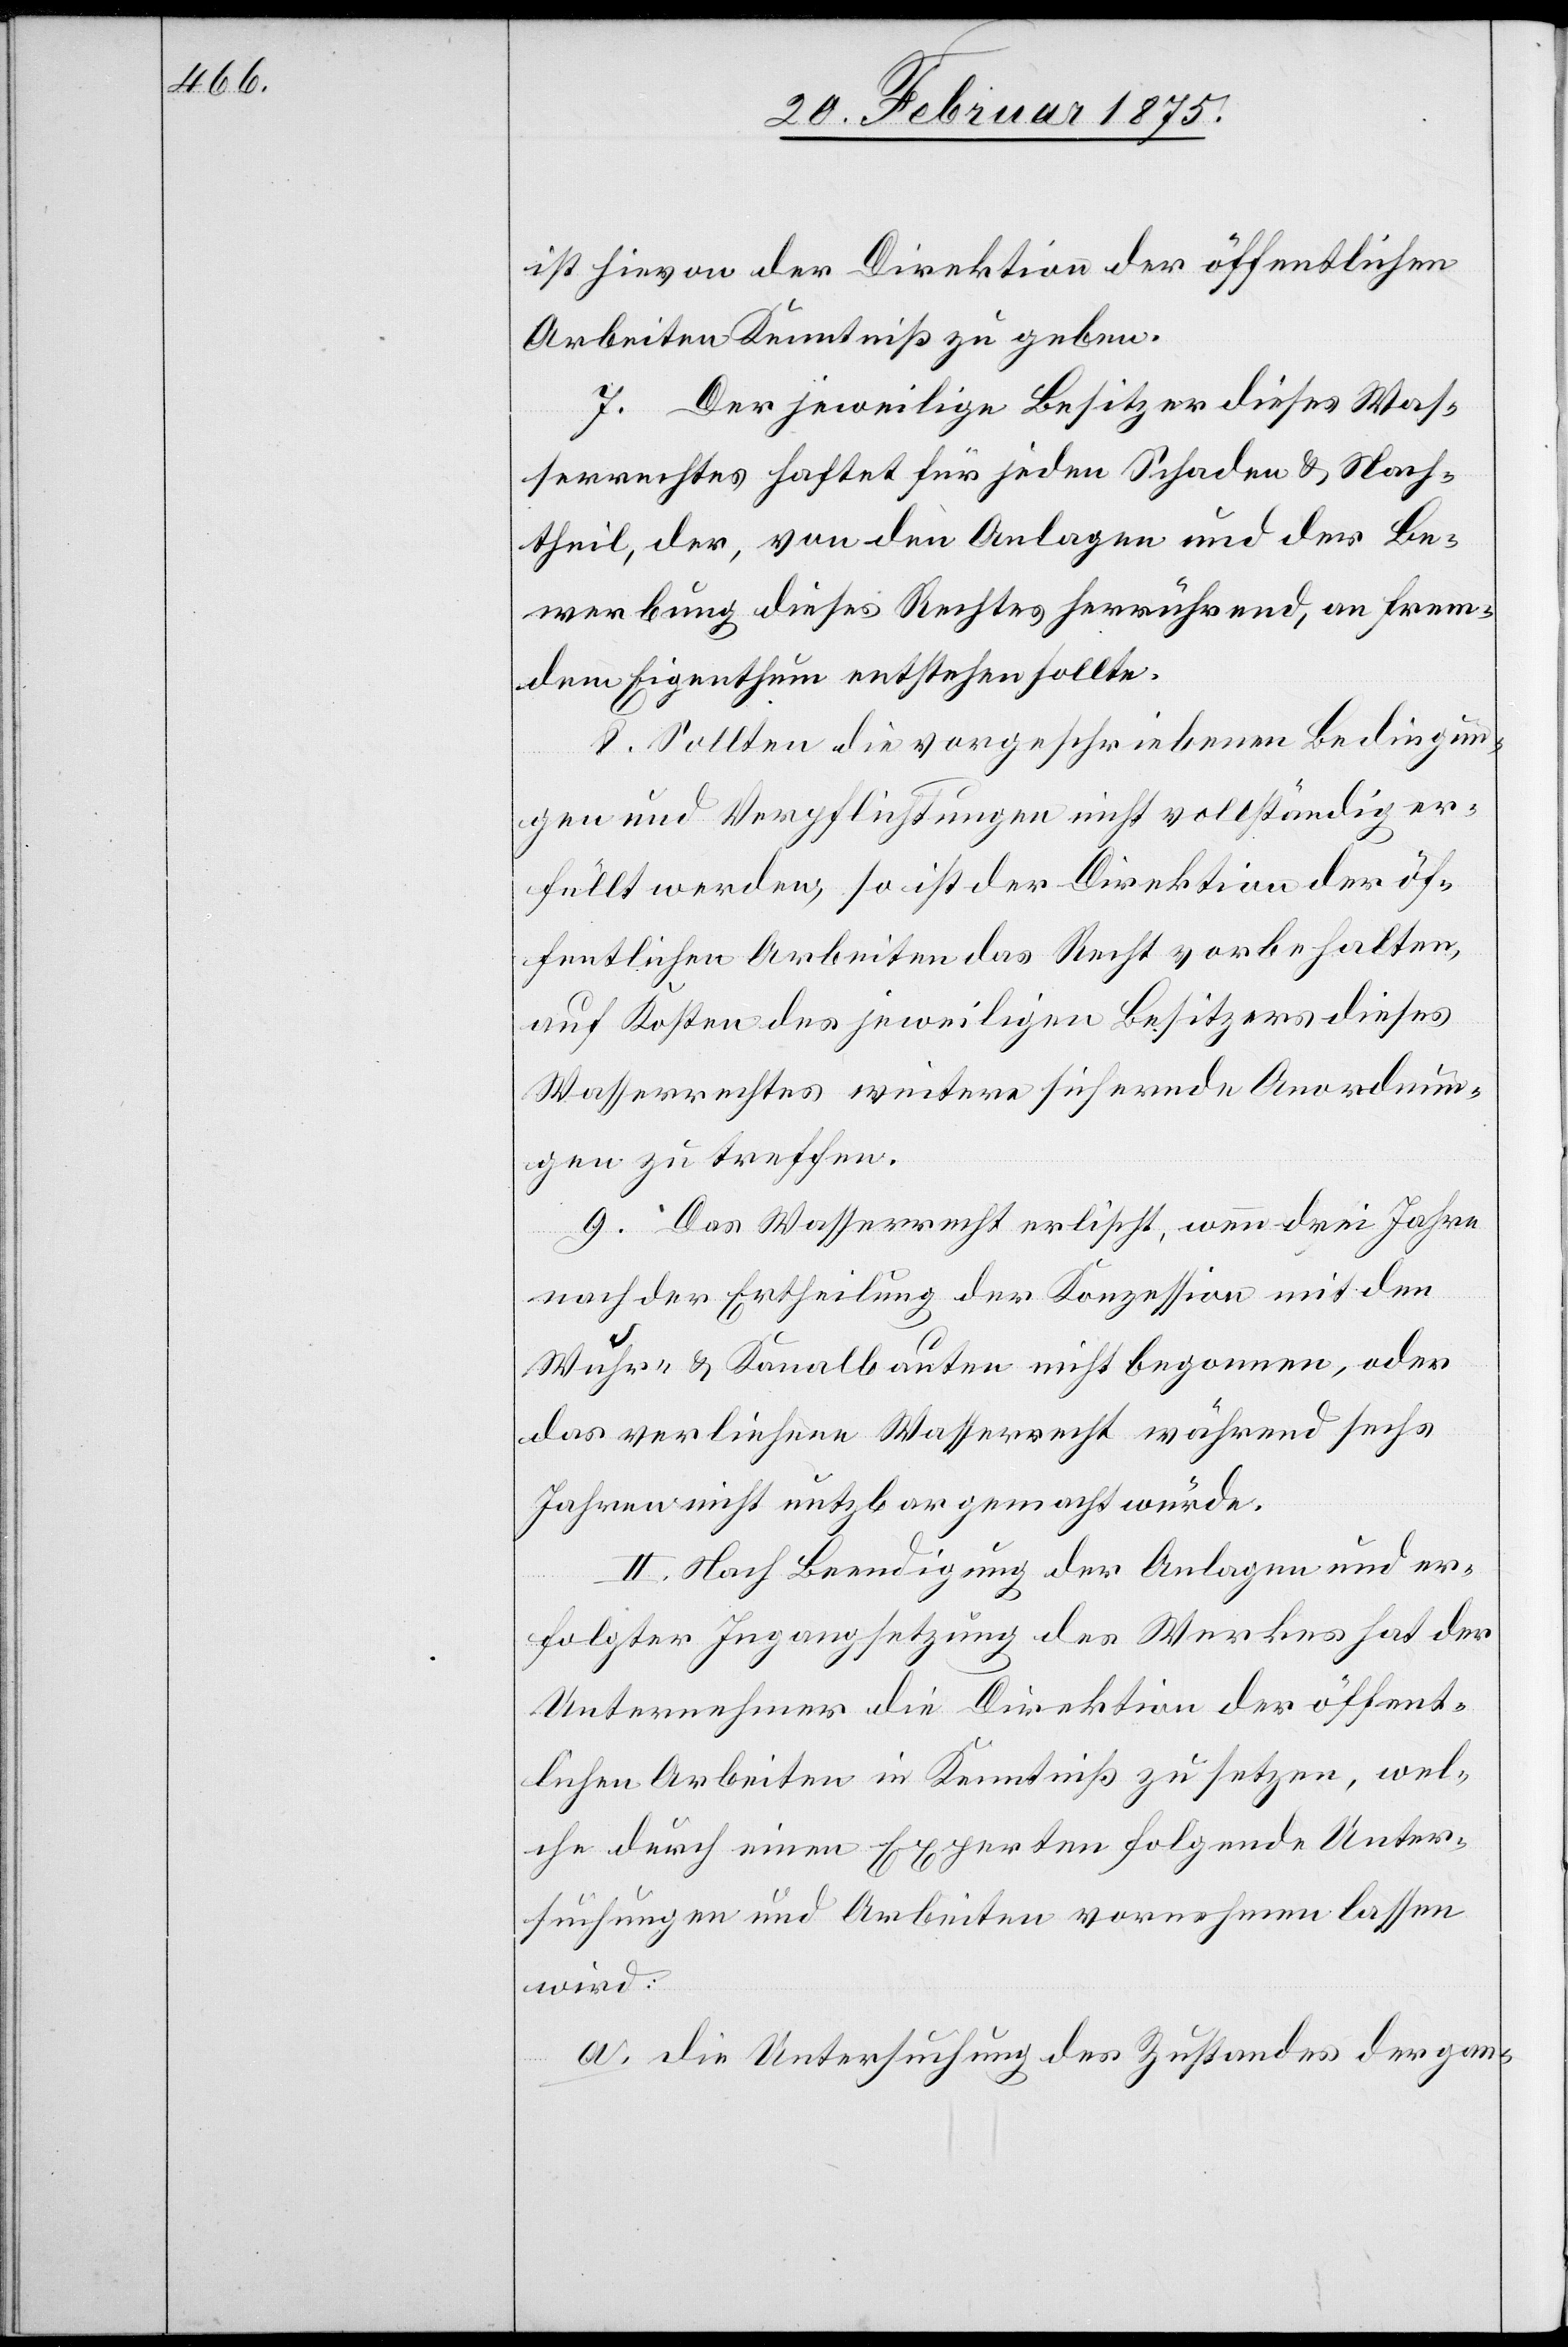
ist hievon der Direktion der öffentlichen
Arbeiten Kenntniß zu geben.
7. Der jeweilige Besitzer dieses Was¬
serrechtes haftet für jeden Schaden & Nach¬
theil, der, von den Anlagen und der Be¬
werbung dieses Rechtes herrührend, an frem¬
dem Eigenthum entstehen sollte.
8. Sollten die vorgeschriebenen Bedingun¬
gen und Verpflichtungen nicht vollständig er¬
füllt werden, so ist der Direktion der öf¬
fentlichen Arbeiten das Recht vorbehalten,
auf Kosten des jeweiligen Besitzers dieses
Wasserrechtes weitere sichernde Anordnun¬
gen zu treffen.
9. Das Wasserrecht erlischt, wenn drei Jahre
nach der Ertheilung der Konzession mit den
Wuhr- u. Kanalbauten nicht begonnen, oder
das verliehene Wasserrecht während sechs
Jahren nicht nutzbar gemacht wurde.
II. Nach Beendigung der Anlagen und er¬
folgter Ingangsetzung des Werkes hat der
Unternehmer die Direktion der öffent¬
lichen Arbeiten in Kenntniß zu setzen, wel¬
che durch einen Experten folgende Unter¬
suchungen und Arbeiten vornehmen lassen
wird:
a. die Untersuchung des Zustandes der gan-